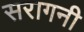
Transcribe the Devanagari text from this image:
सरागनी